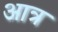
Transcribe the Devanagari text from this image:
आत्र